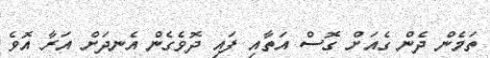
ތަމެން ދެން ގެއަށް ގޮސް އަތާއި ފައި ދޮވެގެން އެނދަށް އަރާ އޮވެ